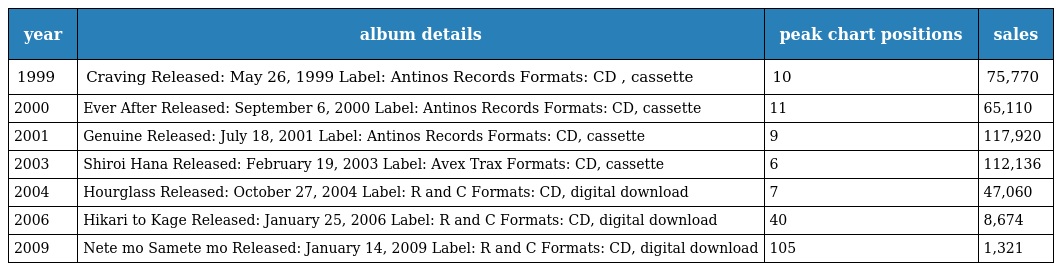
| year | album details | peak chart positions | sales |
 | --- | --- | --- | --- |
 | 1999 | Craving Released: May 26, 1999 Label: Antinos Records Formats: CD , cassette | 10 | 75,770 |
 | 2000 | Ever After Released: September 6, 2000 Label: Antinos Records Formats: CD, cassette | 11 | 65,110 |
 | 2001 | Genuine Released: July 18, 2001 Label: Antinos Records Formats: CD, cassette | 9 | 117,920 |
 | 2003 | Shiroi Hana Released: February 19, 2003 Label: Avex Trax Formats: CD, cassette | 6 | 112,136 |
 | 2004 | Hourglass Released: October 27, 2004 Label: R and C Formats: CD, digital download | 7 | 47,060 |
 | 2006 | Hikari to Kage Released: January 25, 2006 Label: R and C Formats: CD, digital download | 40 | 8,674 |
 | 2009 | Nete mo Samete mo Released: January 14, 2009 Label: R and C Formats: CD, digital download | 105 | 1,321 |